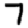
Digit: 7